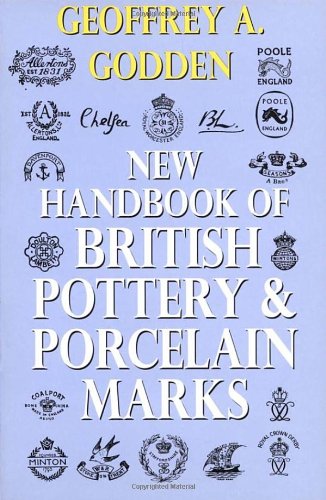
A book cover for New Handbook of British Pottery and Porcelain Marks; Geoffrey A Godden; Crafts, Hobbies & Home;